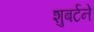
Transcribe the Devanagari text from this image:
शुबर्टने